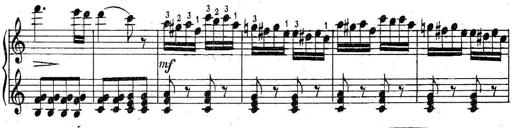
Title: 6 Easy Sonatinas
Composer: Carl Czerny